38_143685_box_Incident_Summaries_173-233
Agency: Department of War
Page 115
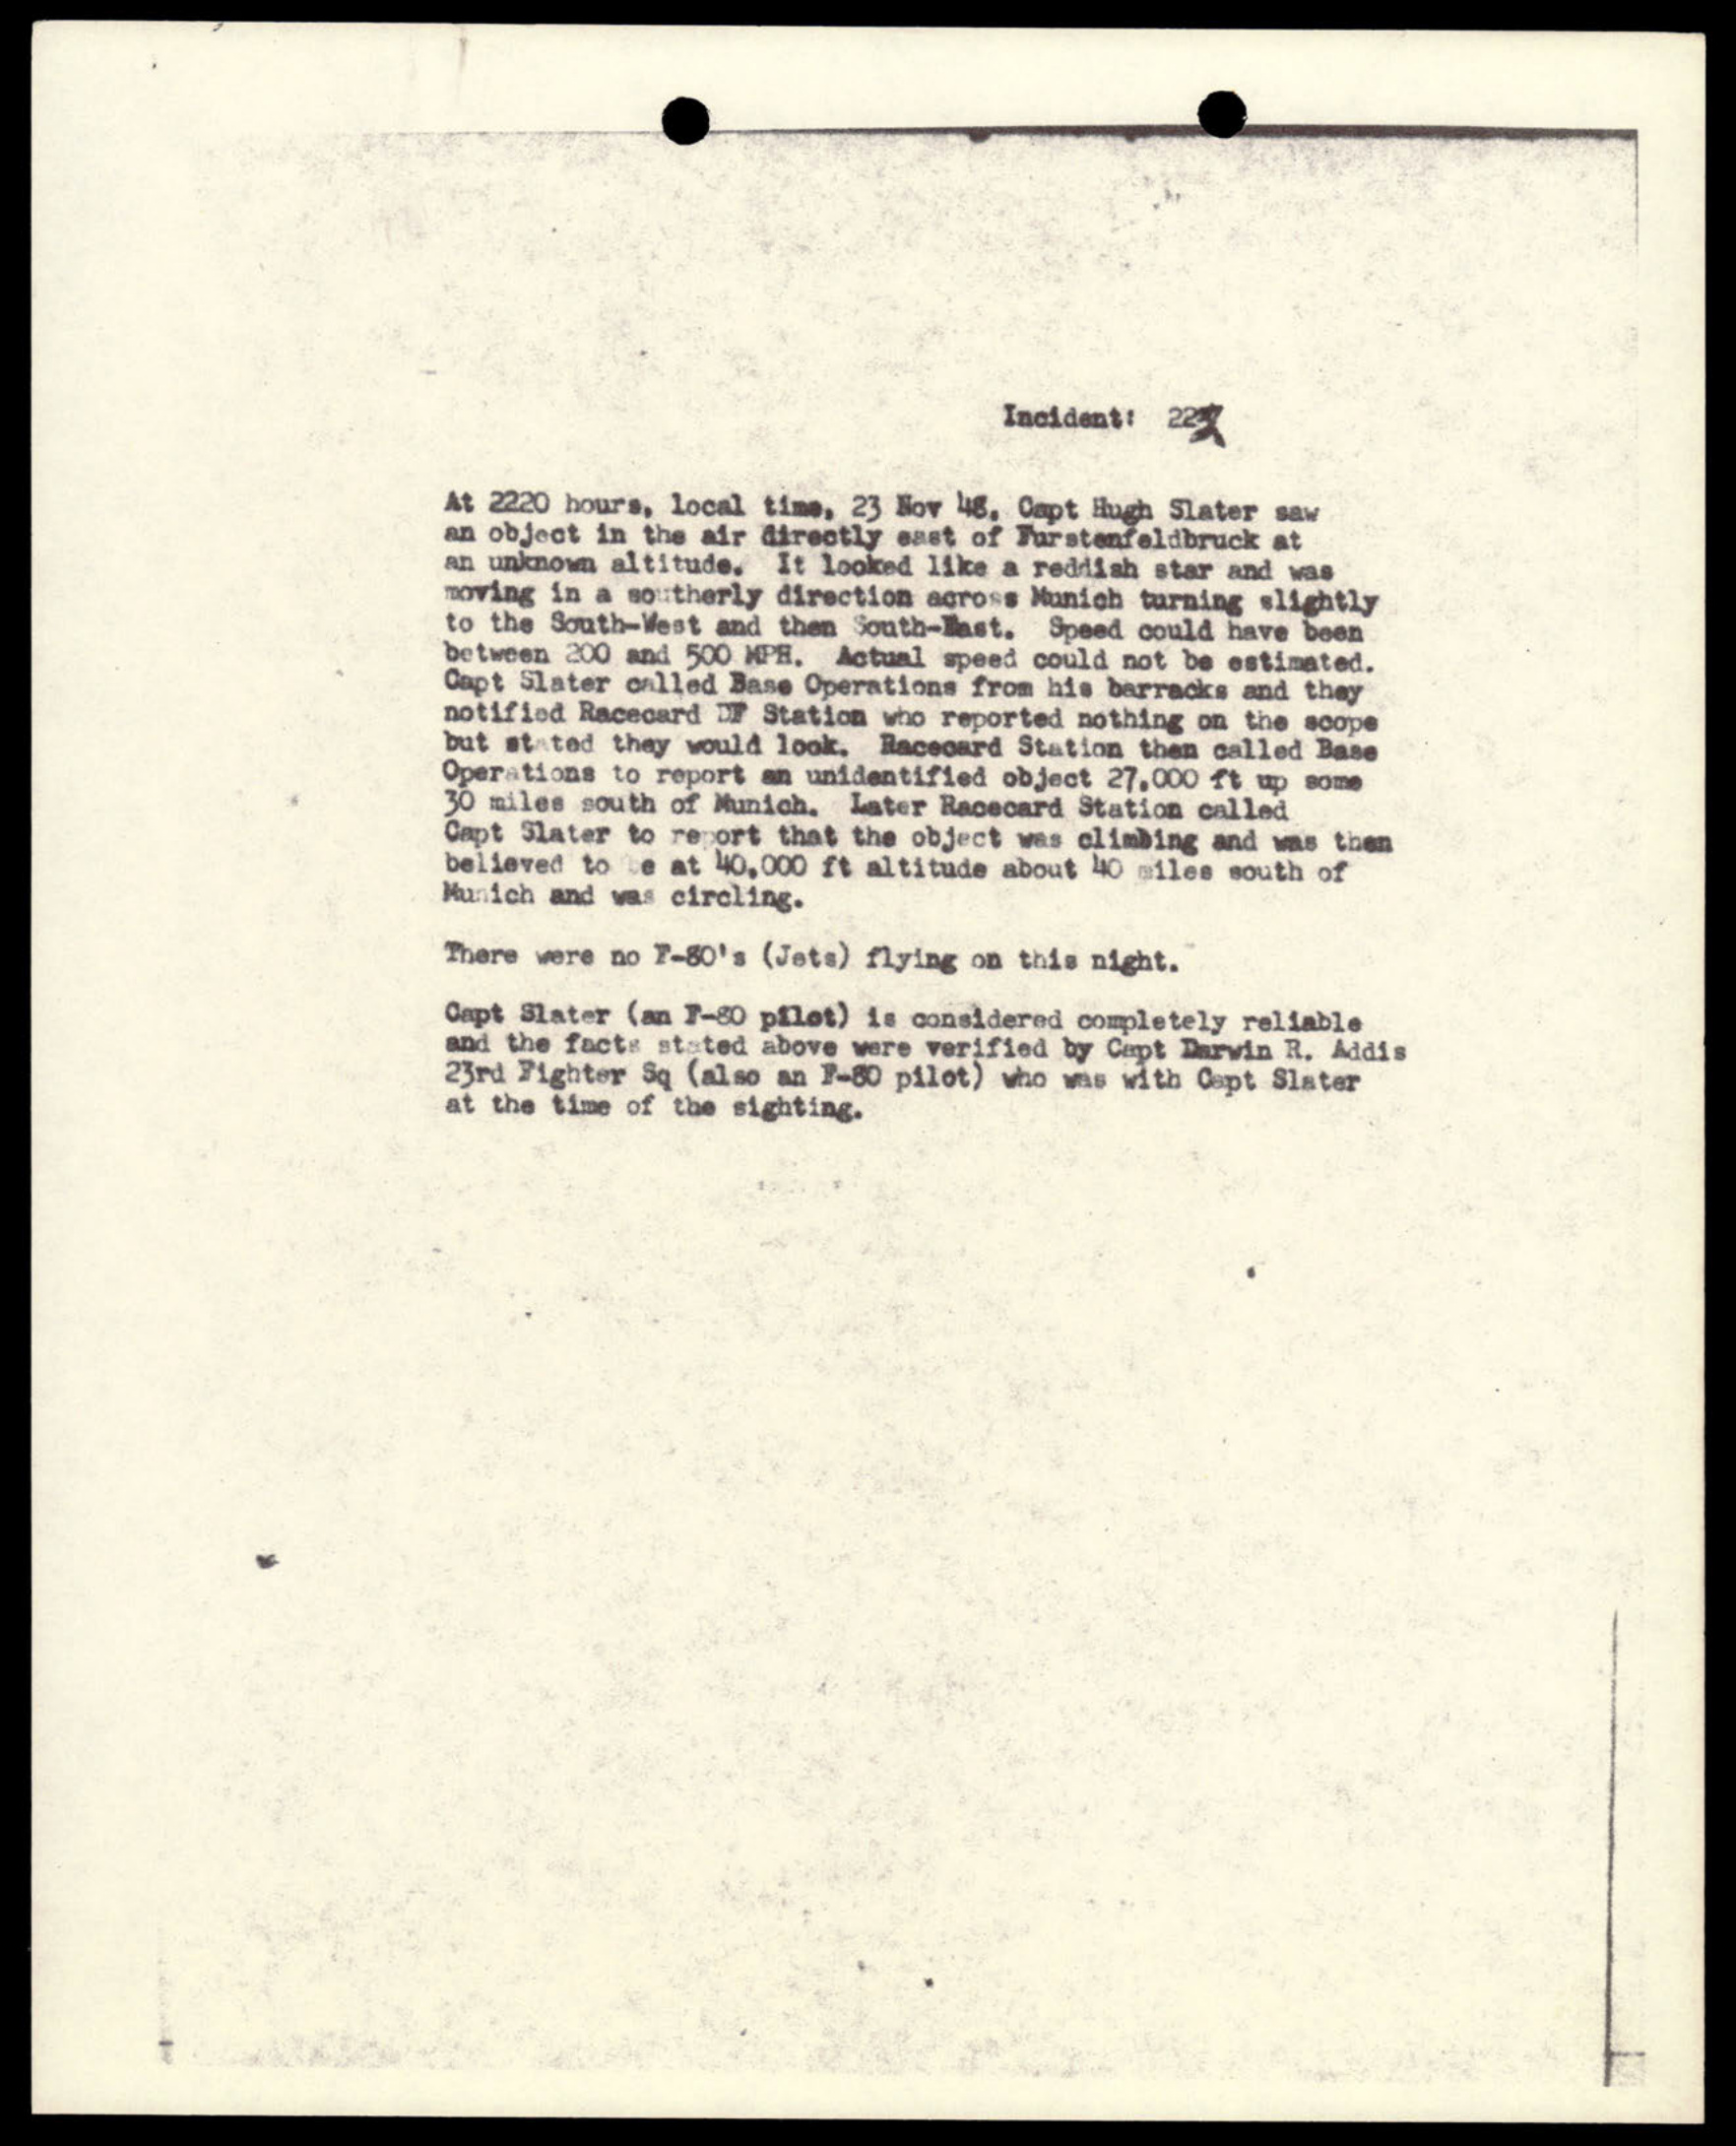